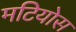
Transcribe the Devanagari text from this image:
मटियोस